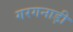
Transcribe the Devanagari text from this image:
गरगनाड़ी